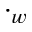
\cdot _ { w }